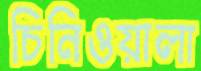
চিনিওয়ালা